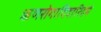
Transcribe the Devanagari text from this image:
ऋणरोगादिदारिद्रयं